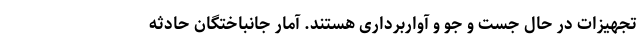
تجهیزات در حال جست و جو و آواربرداری هستند. آمار جانباختگان حادثه